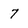
Character: 7